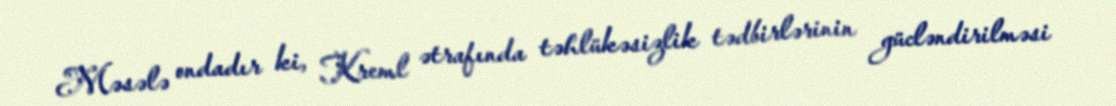
Məsələ ondadır ki, Kreml ətrafında təhlükəsizlik tədbirlərinin gücləndirilməsi